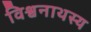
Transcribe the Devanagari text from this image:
विश्वनाथस्य